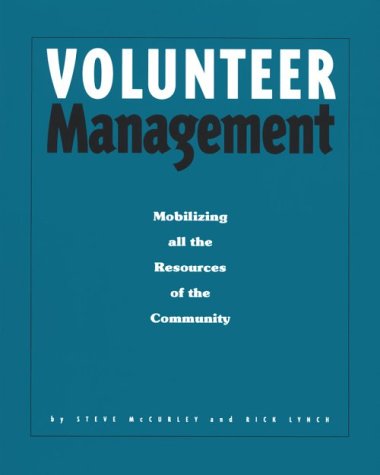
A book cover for Volunteer Management; Steve McCurley; Business & Money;